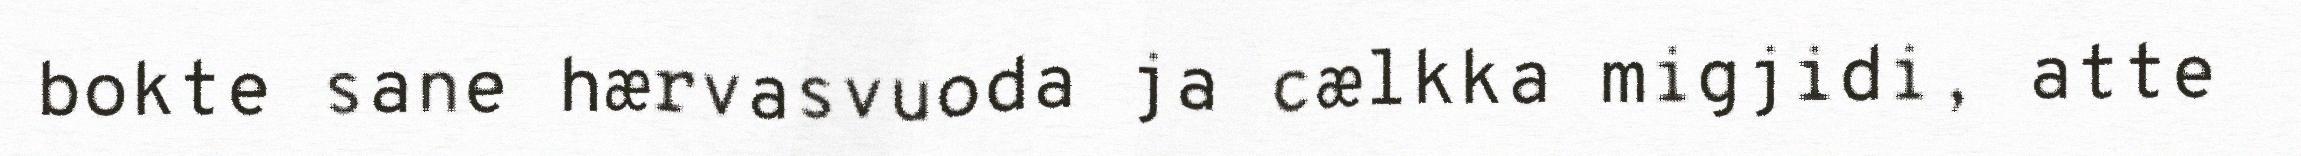
bokte sane hærvasvuoda ja cælkka migjidi, atte